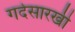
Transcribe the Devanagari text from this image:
गदेसारखी